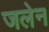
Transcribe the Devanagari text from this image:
जलेन